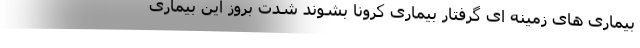
بیماری های زمینه ای گرفتار بیماری کرونا بشوند شدت بروز این بیماری